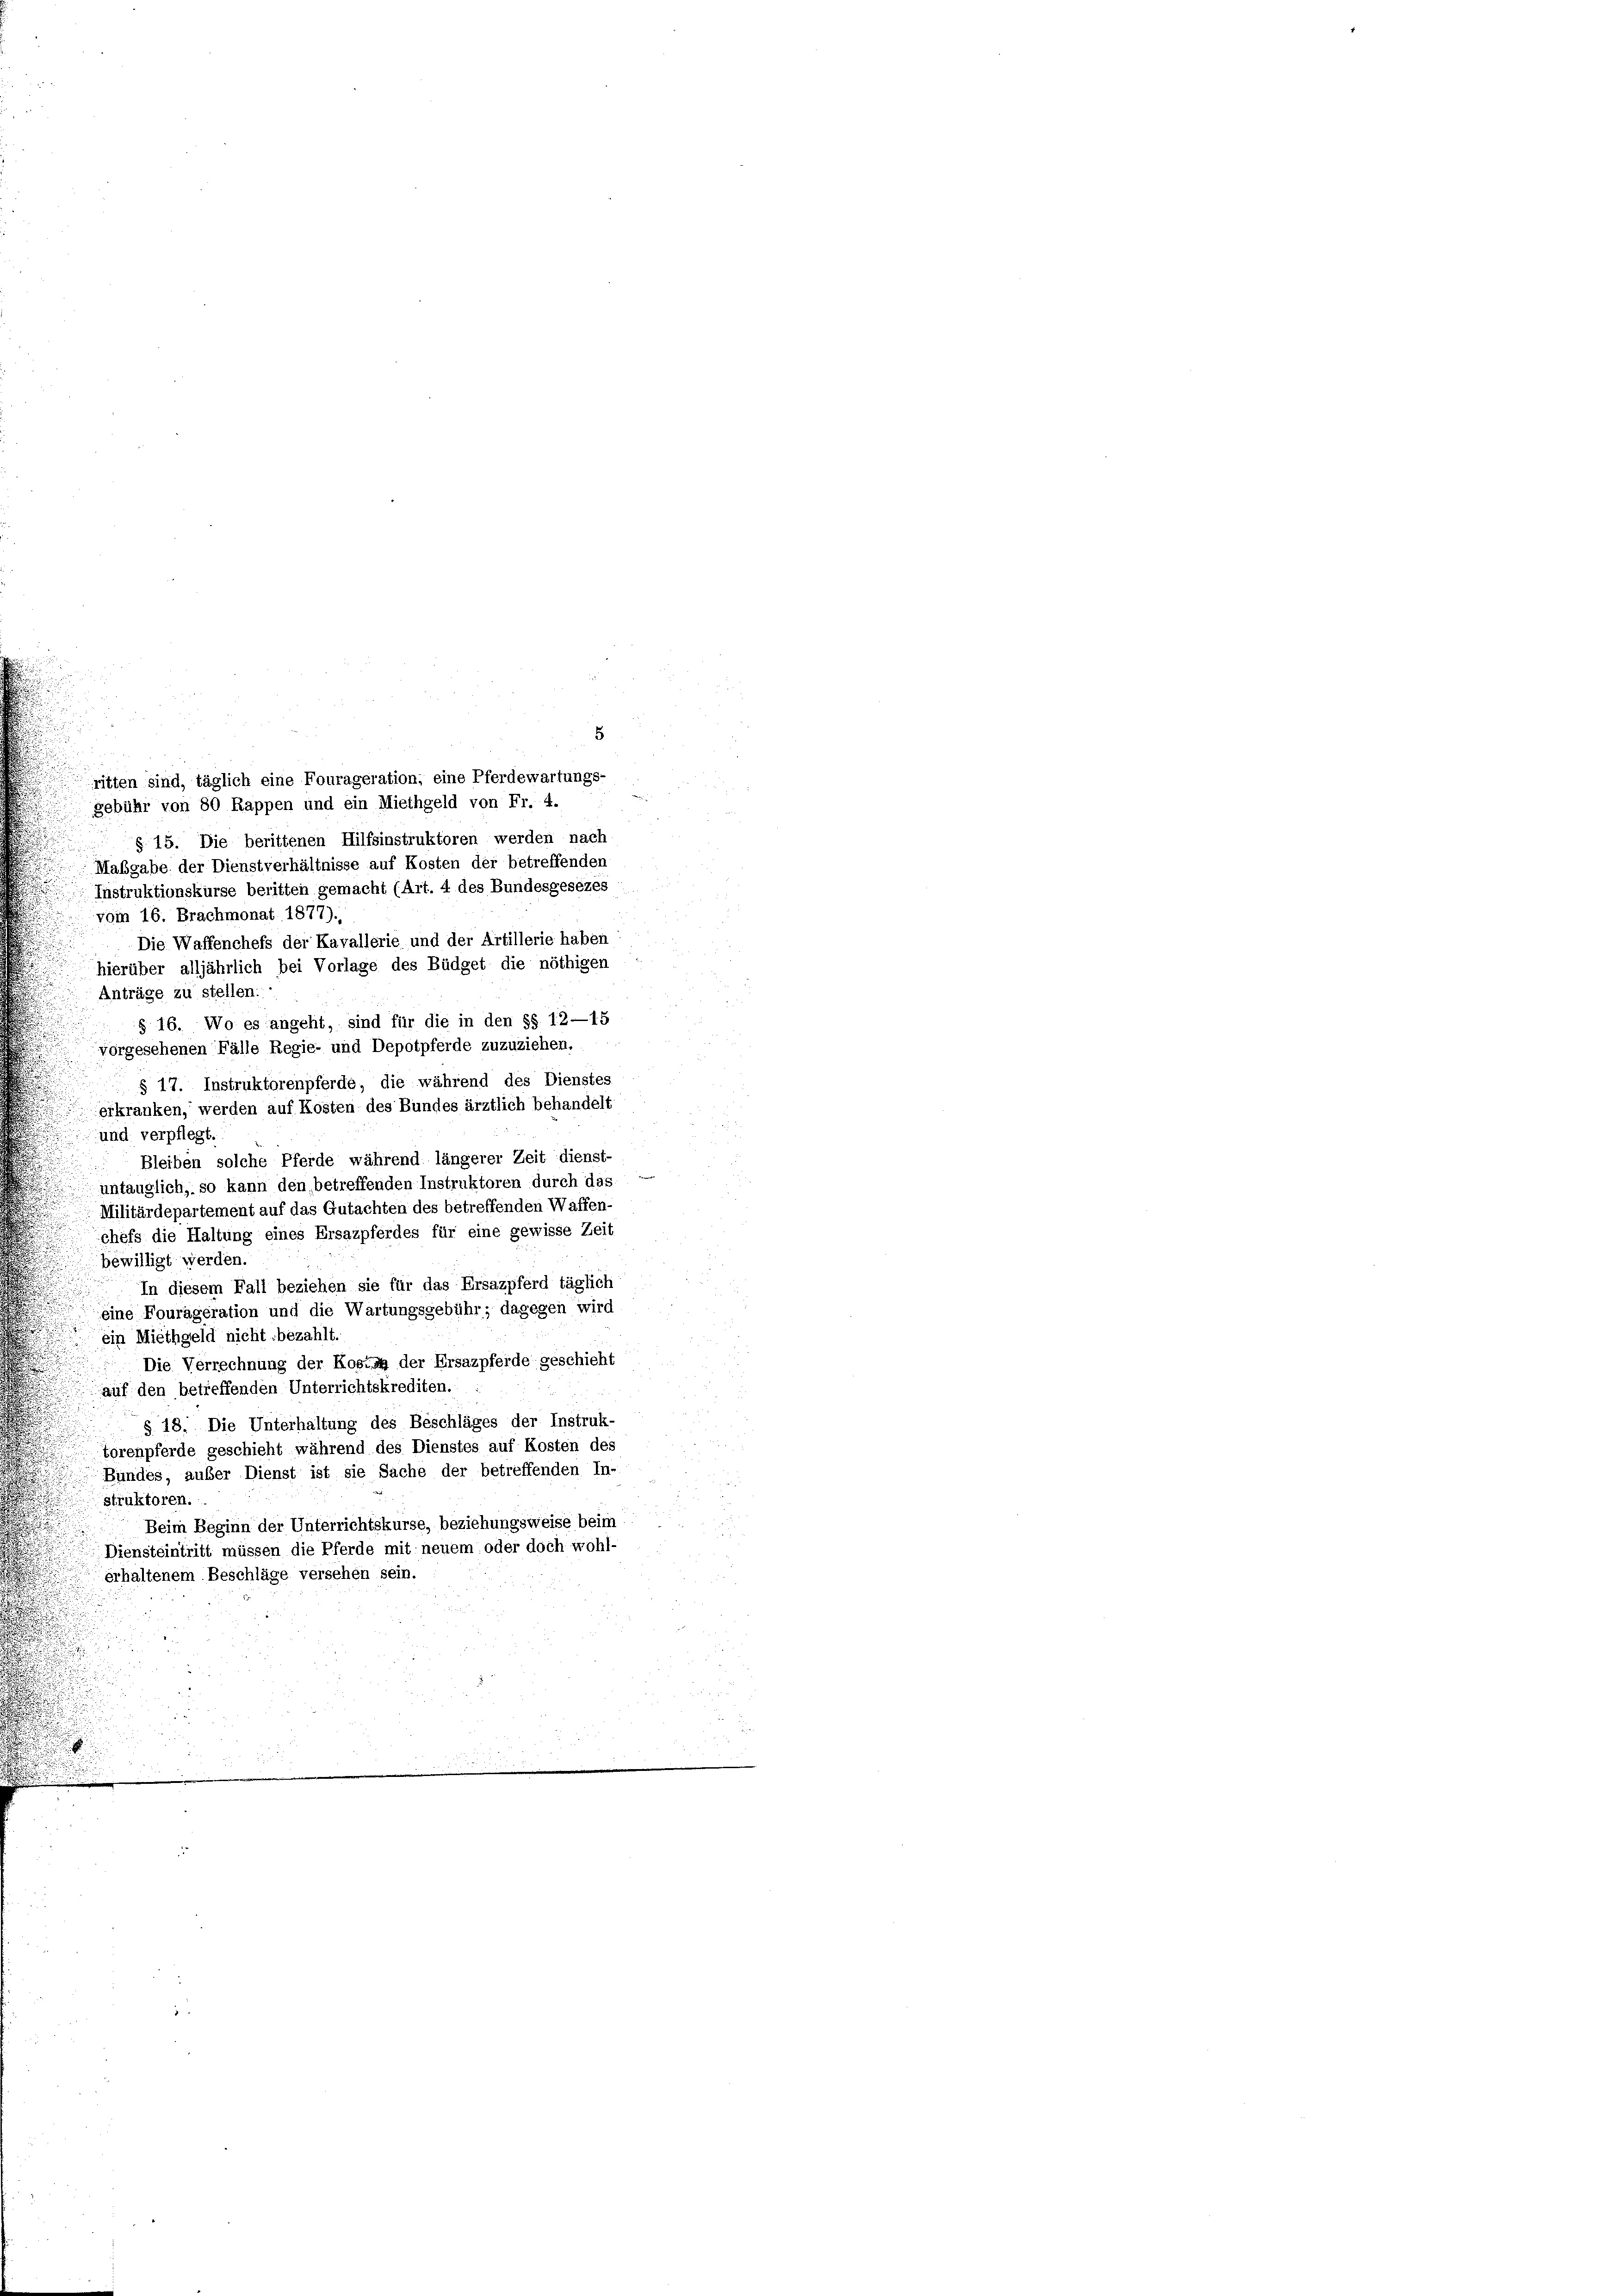
gebühr von 80 Rappen und ein Miethgeld von Fr. 4.
§. 15. Die berittenen Hilfsinstruktoren werden nach
Mabgabe der Dienstverhältnisse auf Kosten der betreffenden
 Instruktionskurse beritten gemacht (Art. 4 des Bundesgesezes
vom 16. Brachmonat 1877).
Die Waffenchefs der Kavallerie und der Artillerie haben
hierüber alljährlich bei Vorlage des Büdget die nöthigen
Anträge zu stellen.
§ 16. Wo es angeht, sind für die in den §§ 12—15
vorgesehenen Fälle Regie- und Depotpferde zuzuziehen.
§ 17. Instruktorenpferde, die während des Dienstes
erkranken, werden auf Kosten des Bundes ärztlich behandelt
und verpflegt.
Bleiben solche Pferde während längerer Zeit dienst-
untauglich, so kann den betreffenden Instruktoren durch das
Militärdepartement auf das Gutachten des betreffenden Waffen-
chefs die Haltung eines Ersazpferdes für eine gewisse Zeit
bewilligt werden.
In diesem Fall beziehen sie für das Ersazpferd täglich
eine Fourägeration und die Wartungsgebühr; dagegen wird
ein Miethgeld nicht bezahlt.
Die Verrechnung der Kosung der Ersazpfeide geschieht
auf den betreffenden Unterrichtskrediten.
§ 18. Die Unterhaltung des Beschläges der Instruk-
torenpferde geschieht während des Dienstes auf Kosten des
Bundes, außer Dienst ist sie Sache der betreffenden In-
struktoren.
Beim Beginn der Unterrichtskurse, beziehungsweise beim
Diensteintritt müssen die Pferde mit neuem oder doch wohl-
erhaltenem Beschläge versehen sein.
.

5
ritten sind, täglich eine Fourageration, eine Pferdewartungs-

.